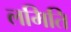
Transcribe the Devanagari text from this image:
लमिति